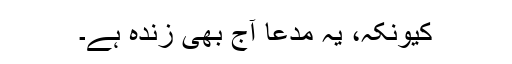
کیونکہ، یہ مدعا آج بھی زندہ ہے۔